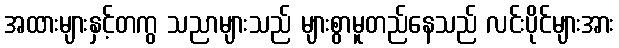
အထားများနှင့်တကွ သညာများသည် များစွာမူတည်နေသည် လင်းပိုင်များအား